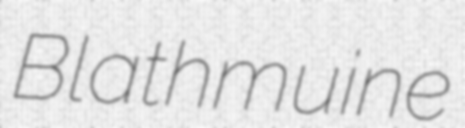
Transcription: Blathmuine